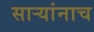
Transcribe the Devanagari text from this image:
साऱ्यांनाच